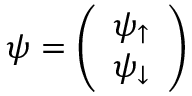
\psi = { \left( \begin{array} { l } { \psi _ { \uparrow } } \\ { \psi _ { \downarrow } } \end{array} \right) }